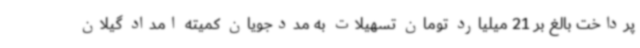
پرداخت بالغ بر 21 میلیارد تومان تسهیلات به مددجویان کمیته امداد گیلان